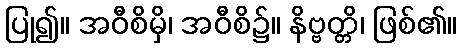
ပြု၍။ အဝီစိမှိ၊ အဝီစိ၌။ နိဗ္ဗတ္တိ၊ ဖြစ်၏။